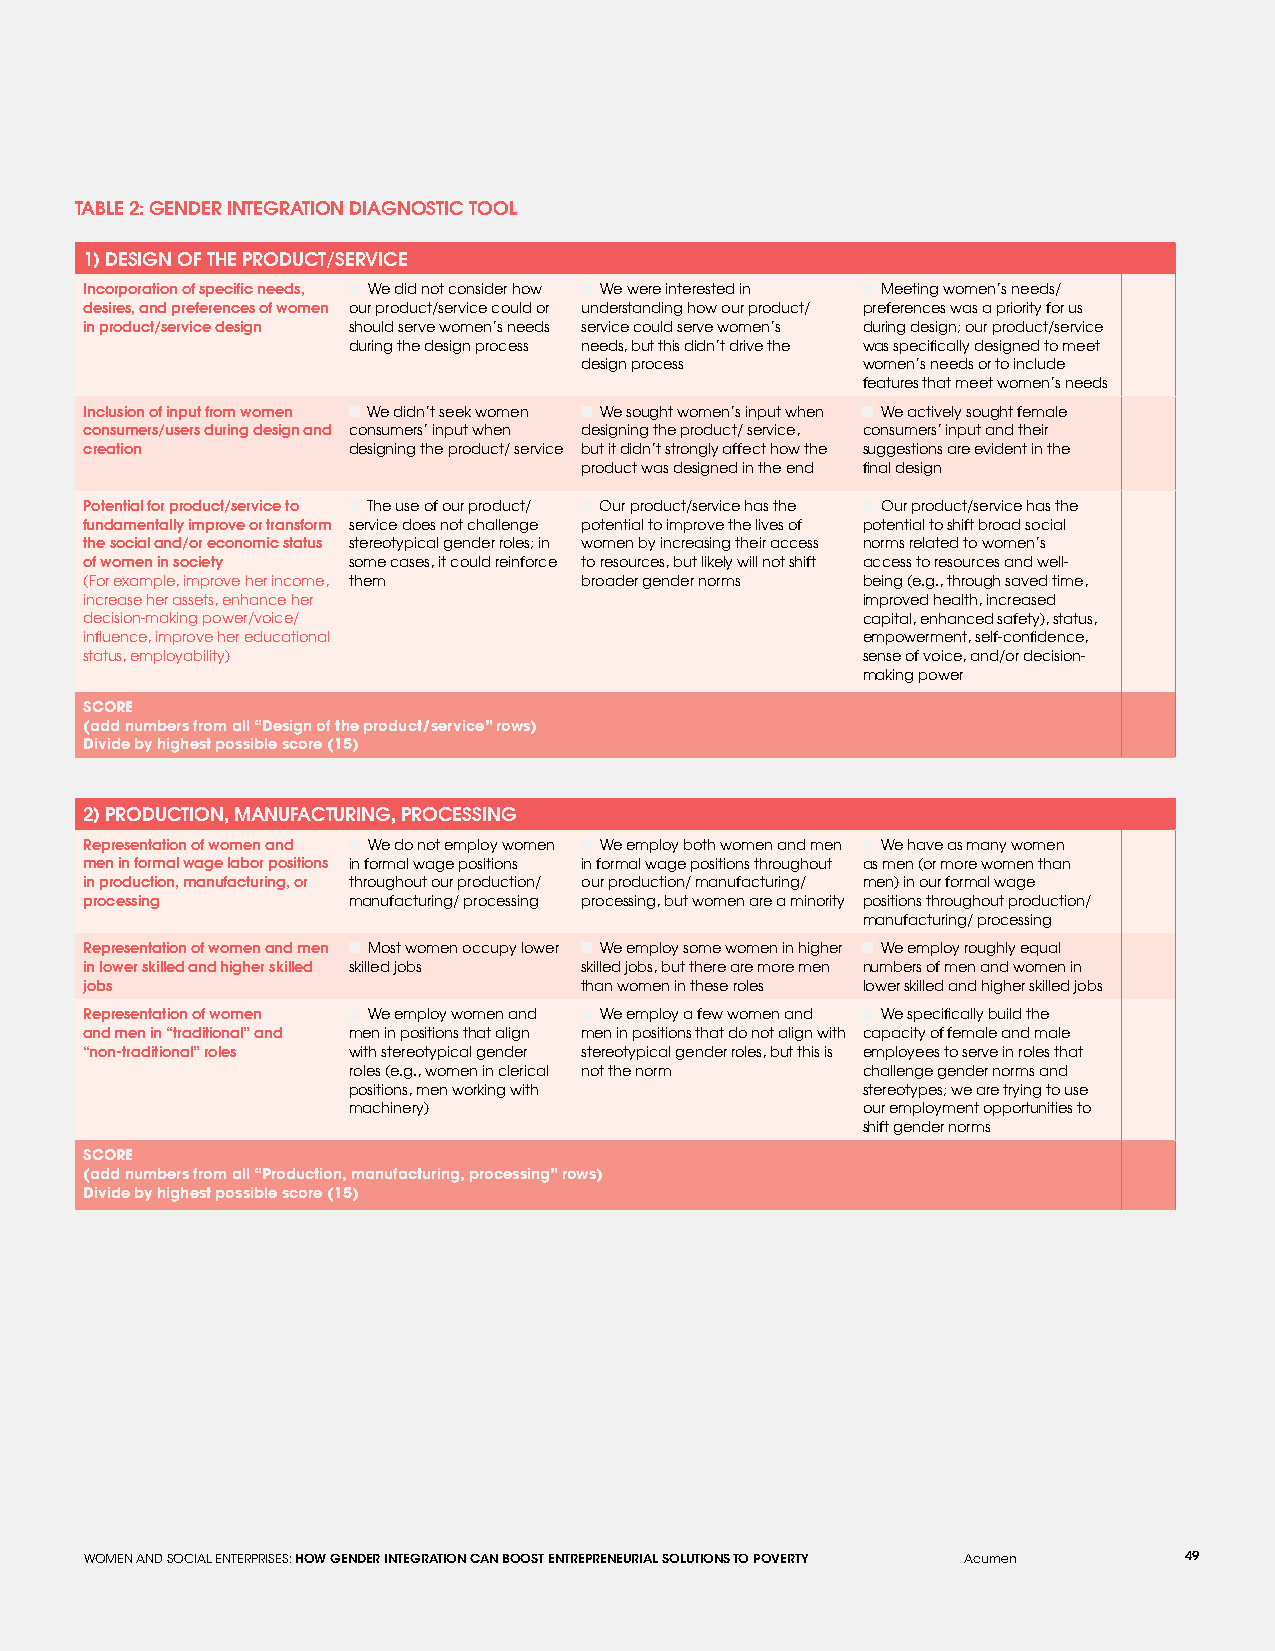
TABLE 2: GENDER INTEGRATION DIAGNOSTIC TOOL
 1) DESIGN OF THE PRODUCT/SERVICE
 Incorporation of specific needs, We did not consider how We were interested in Meeting women’s needs/
 desires, and preferences of women our product/service could or understanding how our product/ preferences was a priority for us
 in product/service design should serve women’s needs service could serve women’s during design; our product/service
 during the design process needs, but this didn’t drive the was specifically designed to meet
 design process     women’s needs or to include
 features that meet women’s needs
 Inclusion of input from women We didn’t seek women We sought women’s input when We actively sought female
 consumers/users during design and consumers’ input when designing the product/ service, consumers’ input and their
 creation         designing the product/ service but it didn’t strongly affect how the suggestions are evident in the
 product was designed in the end final design
 Potential for product/service to The use of our product/ Our product/service has the Our product/service has the
 fundamentally improve or transform service does not challenge potential to improve the lives of potential to shift broad social
 the social and/or economic status stereotypical gender roles; in women by increasing their access norms related to women’s
 of women in society some cases, it could reinforce to resources, but likely will not shift access to resources and well-
 (For example, improve her income, them broader gender norms being (e.g., through saved time,
 increase her assets, enhance her                   improved health, increased
 decision-making power/voice/                       capital, enhanced safety), status,
 influence, improve her educational                 empowerment, self-confidence,
 status, employability)                             sense of voice, and/or decision-
 making power
 SCORE
 (add numbers from all “Design of the product/service” rows)
 Divide by highest possible score (15)
 2) PRODUCTION, MANUFACTURING, PROCESSING
 Representation of women and We do not employ women We employ both women and men We have as many women
 men in formal wage labor positions in formal wage positions in formal wage positions throughout as men (or more women than
 in production, manufacturing, or throughout our production/ our production/ manufacturing/ men) in our formal wage
 processing       manufacturing/ processing processing, but women are a minority positions throughout production/
 manufacturing/ processing
 Representation of women and men Most women occupy lower We employ some women in higher We employ roughly equal
 in lower skilled and higher skilled skilled jobs skilled jobs, but there are more men numbers of men and women in
 jobs                            than women in these roles lower skilled and higher skilled jobs
 Representation of women We employ women and We employ a few women and We specifically build the
 and men in “traditional” and men in positions that align men in positions that do not align with capacity of female and male
 “non-traditional” roles with stereotypical gender stereotypical gender roles, but this is employees to serve in roles that
 roles (e.g., women in clerical not the norm challenge gender norms and
 positions, men working with       stereotypes; we are trying to use
 machinery)                        our employment opportunities to
 shift gender norms
 SCORE
 (add numbers from all “Production, manufacturing, processing” rows)
 Divide by highest possible score (15)
 WOMEN AND SOCIAL ENTERPRISES: HOW GENDER INTEGRATION CAN BOOST ENTREPRENEURIAL SOLUTIONS TO POVERTY Acumen 49